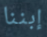
إبننا